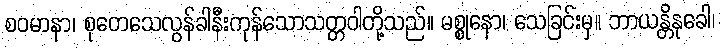
စဝမာနာ၊ စုတေသေလွန်ခါနီးကုန်သောသတ္တဝါတို့သည်။ မစ္စုနော၊ သေခြင်းမှ။ ဘာယန္တိနုခေါ၊